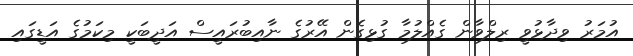
އުމަރު ވިދާޅުވީ ރިލްވާން ގެއްލުމާ ގުޅިގެން އޭރުގެ ނާއިބުރައީސް އަދީބަކީ މިކަމުގެ އަޑީގައި